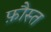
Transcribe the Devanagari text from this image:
फ़ौस्त